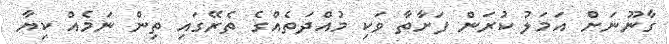
ގާނޫނަށް އަމަލު ކުރަން ފަށާތާ ވަކި މުއްދަތެއްގެ ތެރޭގައި ތިން ނަމެއް ކިޔާ